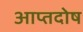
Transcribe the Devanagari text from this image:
आप्तदोष